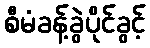
စီမံခန့်ခွဲပိုင်ခွင့်